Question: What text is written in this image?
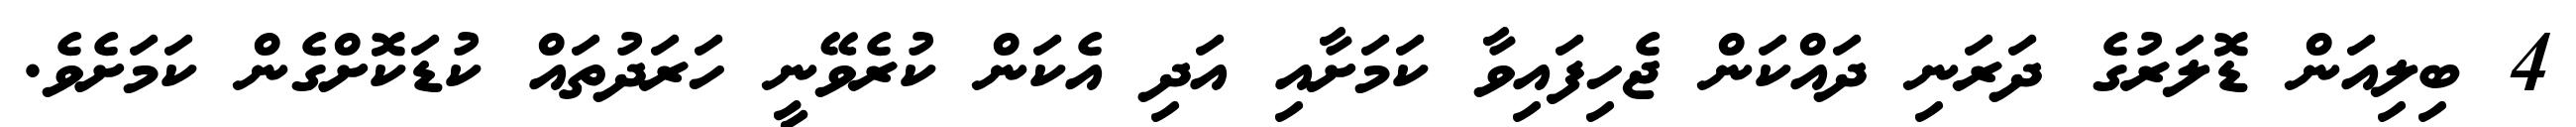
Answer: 4 ބިލިއަން ޑޮލަރުގެ ދަރަނި ދައްކަން ޖެހިފައިވާ ކަމަށާއި އަދި އެކަން ކުރެވޭނީ ހަރަދުތައް ކުޑަކޮށްގެން ކަމަށެވެ.